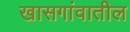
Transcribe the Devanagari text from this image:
खासगांवातील